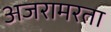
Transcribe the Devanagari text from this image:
अजरामरता